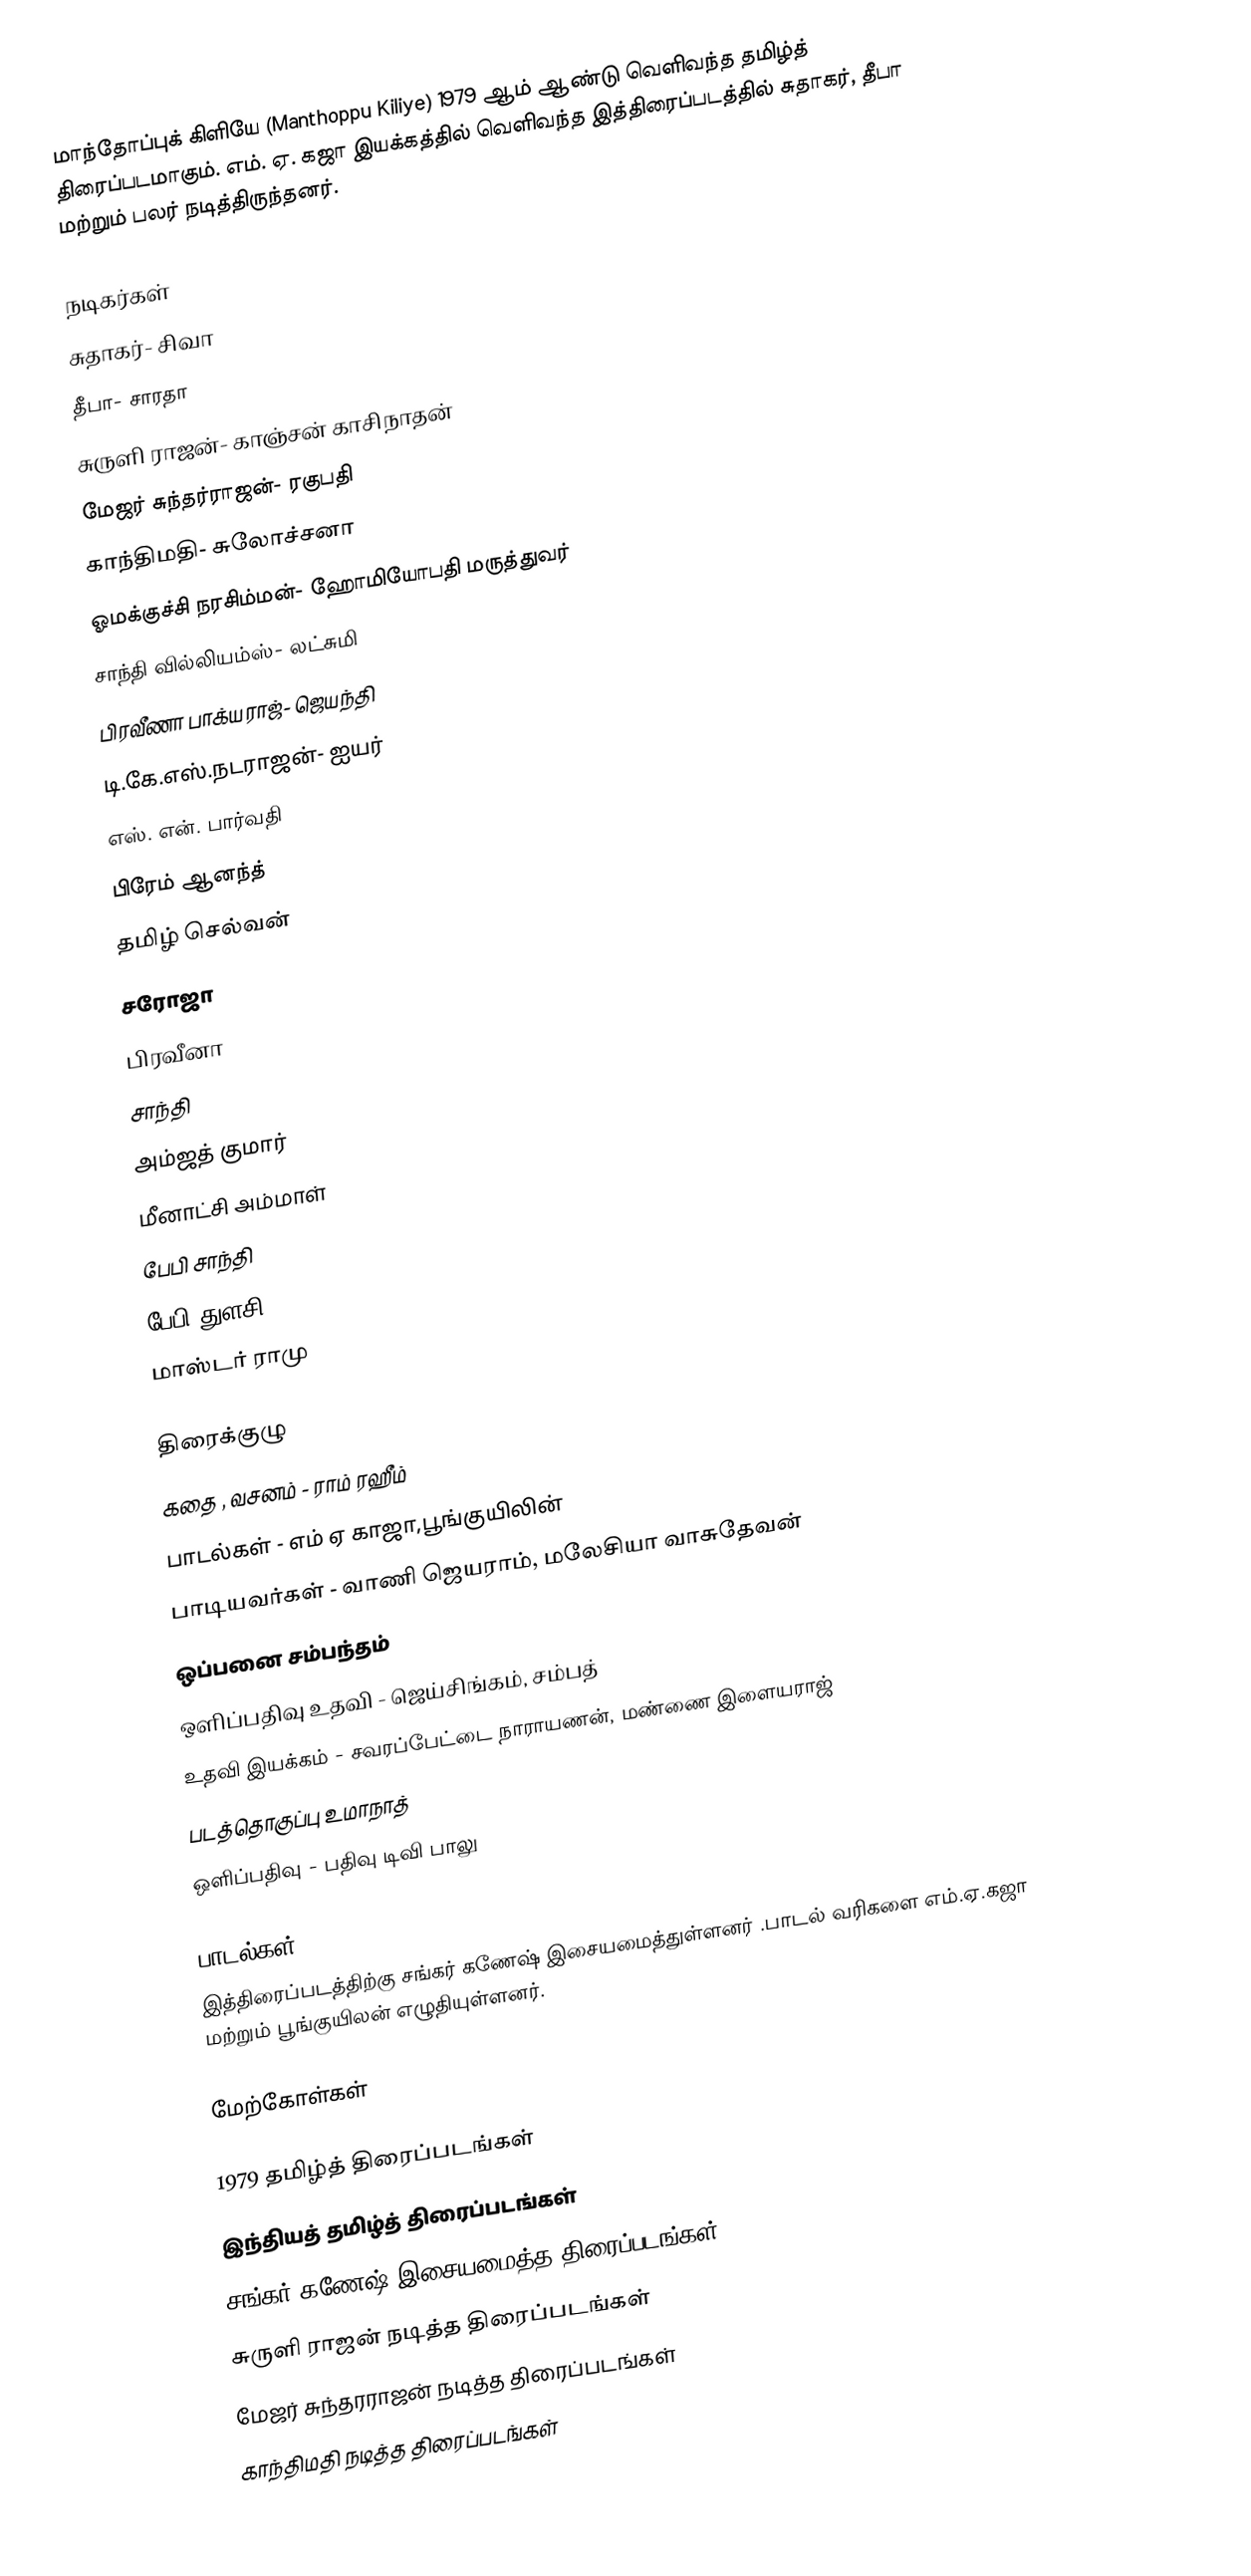
மாந்தோப்புக் கிளியே (Manthoppu Kiliye) 1979 ஆம் ஆண்டு வெளிவந்த தமிழ்த் திரைப்படமாகும். எம். ஏ. கஜா இயக்கத்தில் வெளிவந்த இத்திரைப்படத்தில் சுதாகர், தீபா மற்றும் பலர் நடித்திருந்தனர்.

நடிகர்கள்
 சுதாகர்- சிவா
 தீபா- சாரதா
 சுருளி ராஜன்- காஞ்சன் காசிநாதன்
 மேஜர் சுந்தர்ராஜன்- ரகுபதி
 காந்திமதி- சுலோச்சனா
 ஓமக்குச்சி நரசிம்மன்- ஹோமியோபதி மருத்துவர்
 சாந்தி வில்லியம்ஸ்- லட்சுமி
 பிரவீணா பாக்யராஜ்- ஜெயந்தி
 டி.கே.எஸ்.நடராஜன்- ஐயர்
 எஸ். என். பார்வதி
 பிரேம் ஆனந்த்
 தமிழ் செல்வன்
 சரோஜா
 பிரவீனா
 சாந்தி
 அம்ஜத் குமார்
 மீனாட்சி அம்மாள்
 பேபி சாந்தி
 பேபி துளசி
 மாஸ்டர் ராமு

திரைக்குழு
 கதை , வசனம் - ராம் ரஹீம்
 பாடல்கள் - எம் ஏ காஜா,பூங்குயிலின்
 பாடியவர்கள் - வாணி ஜெயராம், மலேசியா வாசுதேவன்
 ஒப்பனை சம்பந்தம்
 ஒளிப்பதிவு உதவி - ஜெய்சிங்கம், சம்பத்
 உதவி இயக்கம் - சவரப்பேட்டை நாராயணன், மண்ணை இளையராஜ்
 படத்தொகுப்பு உமாநாத்
 ஒளிப்பதிவு - பதிவு டிவி பாலு

பாடல்கள்
இத்திரைப்படத்திற்கு சங்கர் கணேஷ் இசையமைத்துள்ளனர் .பாடல் வரிகளை எம்.ஏ.கஜா மற்றும் பூங்குயிலன் எழுதியுள்ளனர்.

மேற்கோள்கள்

1979 தமிழ்த் திரைப்படங்கள்
இந்தியத் தமிழ்த் திரைப்படங்கள்
சங்கர் கணேஷ் இசையமைத்த திரைப்படங்கள்
சுருளி ராஜன் நடித்த திரைப்படங்கள்
மேஜர் சுந்தரராஜன் நடித்த திரைப்படங்கள்
காந்திமதி நடித்த திரைப்படங்கள்